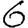
Digit: 6